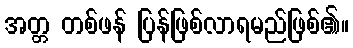
အတ္တ တစ်ဖန် ပြန်ဖြစ်လာရမည်ဖြစ်၏။